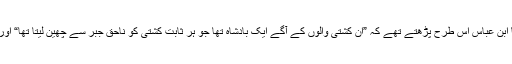
سیدنا سعید بن جبیر نے کہا کہ سیدنا ابن عباسؓ اس طرح پڑھتے تھے کہ ”ان کشتی والوں کے آگے ایک بادشاہ تھا جو ہر ثابت کشتی کو ناحق جبر سے چھین لیتا تھا“ اور پڑھتے تھے کہ ”وہ لڑکا کافر تھا“۔